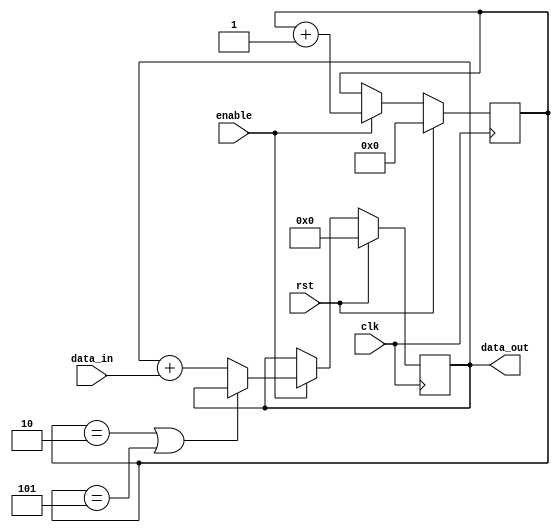
module Loop_with_skip(
    input wire clk,
    input wire rst,
    input wire enable,
    input wire [7:0] data_in,
    output reg [7:0] data_out
);

reg [3:0] count;

always @(posedge clk) begin
    if (rst) begin
        count <= 0;
        data_out <= 0;
    end else if (enable) begin
        // Loop structure with skip statements
        repeat(8) begin
            if (count == 2 || count == 5) begin
                count <= count + 1; // Skip iteration
            end else begin
                // Perform logic operations
                data_out <= data_out + data_in;
                count <= count + 1;
            end
        end
    end
end

endmodule